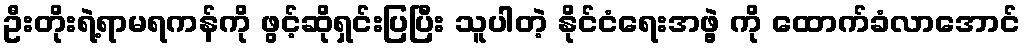
ဦးတိုးရဲ့ရာမရကန်ကို ဖွင့်ဆိုရှင်းပြပြီး သူပါတဲ့ နိုင်ငံရေးအဖွဲ့ ကို ထောက်ခံလာအောင်